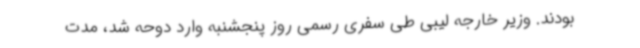
بودند. وزیر خارجه لیبی طی سفری رسمی روز پنجشنبه وارد دوحه شد، مدت